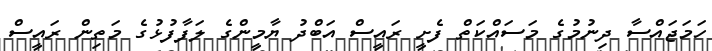
ހަމަޖައްސާ ދިނުމުގެ މަސައްކަތް ފެށީ ރައީސް އަބްދު ޔާމީންގެ ލަފާފުޅުގެ މަތިން ރައީސް